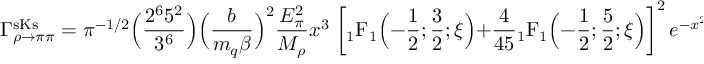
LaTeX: \Gamma _ { \rho \to \pi \pi } ^ { \mathrm { s K s } } = \pi ^ { - 1 / 2 } \Big ( { \frac { 2 ^ { 6 } 5 ^ { 2 } } { 3 ^ { 6 } } } \Big ) \Big ( { \frac { b } { m _ { q } \beta } } \Big ) ^ { 2 } { \frac { E _ { \pi } ^ { 2 } } { M _ { \rho } } } x ^ { 3 } \; \bigg [ { } _ { 1 } \mathrm { F } _ { 1 } \Big ( - { \frac { 1 } { 2 } } ; { \frac { 3 } { 2 } } ; \xi \Big ) + { \frac { 4 } { 4 5 } } { } _ { 1 } \mathrm { F } _ { 1 } \Big ( - { \frac { 1 } { 2 } } ; { \frac { 5 } { 2 } } ; \xi \Big ) \bigg ] ^ { 2 } \, e ^ { - x ^ { 2 } / 6 } \ .